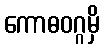
ကောဓဝဂ္ဂမှိ